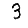
Digit: 3